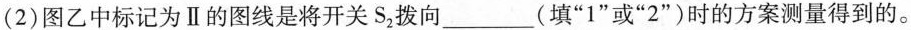
(2)图乙中标记为Ⅱ的图线是将开关S_{2}拨向_____(填”1”或”2”)时的方案测量得到的。